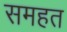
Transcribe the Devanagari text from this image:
समहत